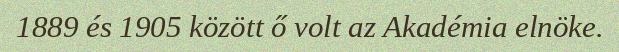
1889 és 1905 között ő volt az Akadémia elnöke.